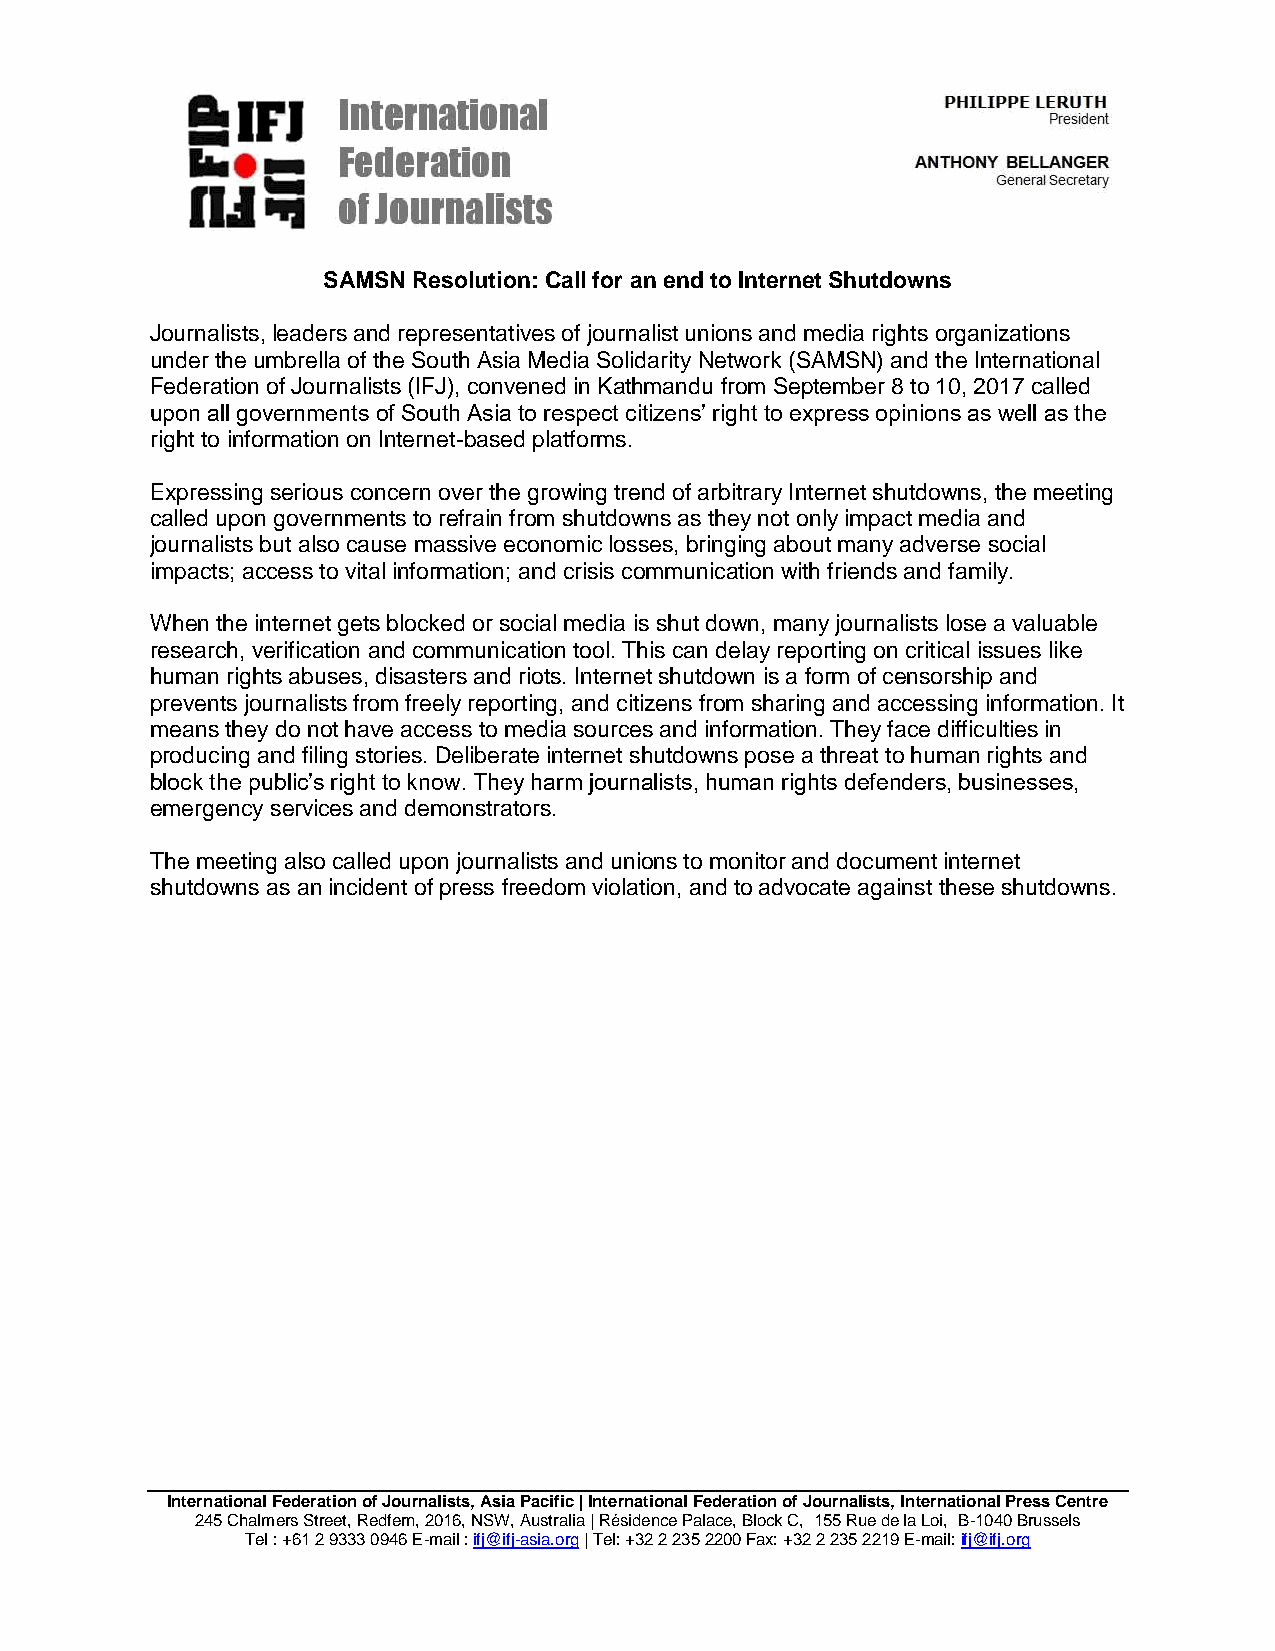
SAMSN Resolution: Call for an end to Internet Shutdowns
 Journalists, leaders and representatives of journalist unions and media rights organizations
 under the umbrella of the South Asia Media Solidarity Network (SAMSN) and the International
 Federation of Journalists (IFJ), convened in Kathmandu from September 8 to 10, 2017 called
 upon all governments of South Asia to respect citizens’ right to express opinions as well as the
 right to information on Internet-based platforms.
 Expressing serious concern over the growing trend of arbitrary Internet shutdowns, the meeting
 called upon governments to refrain from shutdowns as they not only impact media and
 journalists but also cause massive economic losses, bringing about many adverse social
 impacts; access to vital information; and crisis communication with friends and family.
 When the internet gets blocked or social media is shut down, many journalists lose a valuable
 research, verification and communication tool. This can delay reporting on critical issues like
 human rights abuses, disasters and riots. Internet shutdown is a form of censorship and
 prevents journalists from freely reporting, and citizens from sharing and accessing information. It
 means they do not have access to media sources and information. They face difficulties in
 producing and filing stories. Deliberate internet shutdowns pose a threat to human rights and
 block the public’s right to know. They harm journalists, human rights defenders, businesses,
 emergency services and demonstrators.
 The meeting also called upon journalists and unions to monitor and document internet
 shutdowns as an incident of press freedom violation, and to advocate against these shutdowns.
 International Federation of Journalists, Asia Pacific | International Federation of Journalists, International Press Centre
 245 Chalmers Street, Redfern, 2016, NSW, Australia | Résidence Palace, Block C, 155 Rue de la Loi, B-1040 Brussels
 Tel : +61 2 9333 0946 E-mail : ifj@ifj-asia.org | Tel: +32 2 235 2200 Fax: +32 2 235 2219 E-mail: ifj@ifj.org